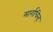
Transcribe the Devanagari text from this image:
मार्गचिन्ह